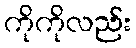
ကိုကိုလည်း